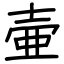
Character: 壷